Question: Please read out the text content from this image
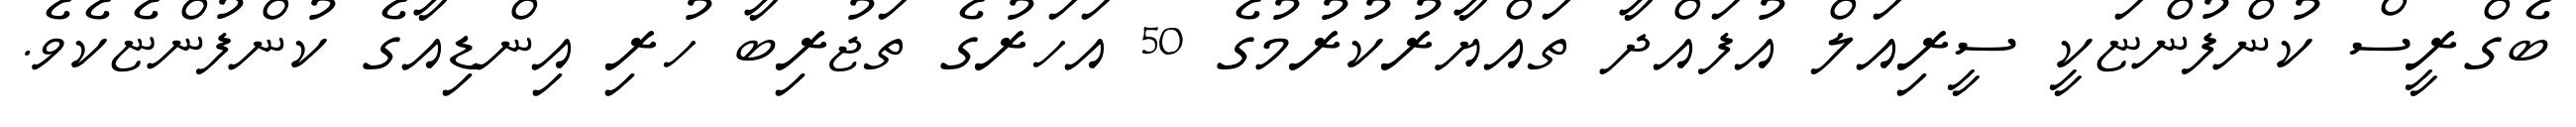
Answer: ބެގްރީސް ކުންފުންޏަކީ ސީރިއަލް އުފައްދާ ތައްޔާރުކުރުމުގެ 50 އަހަރުގެ ތަޖުރިބާ ހުރި އިންޑިއާގެ ކުންފުންޏެކެވެ.